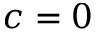
c = 0